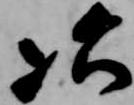
次